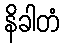
နိခါတံ